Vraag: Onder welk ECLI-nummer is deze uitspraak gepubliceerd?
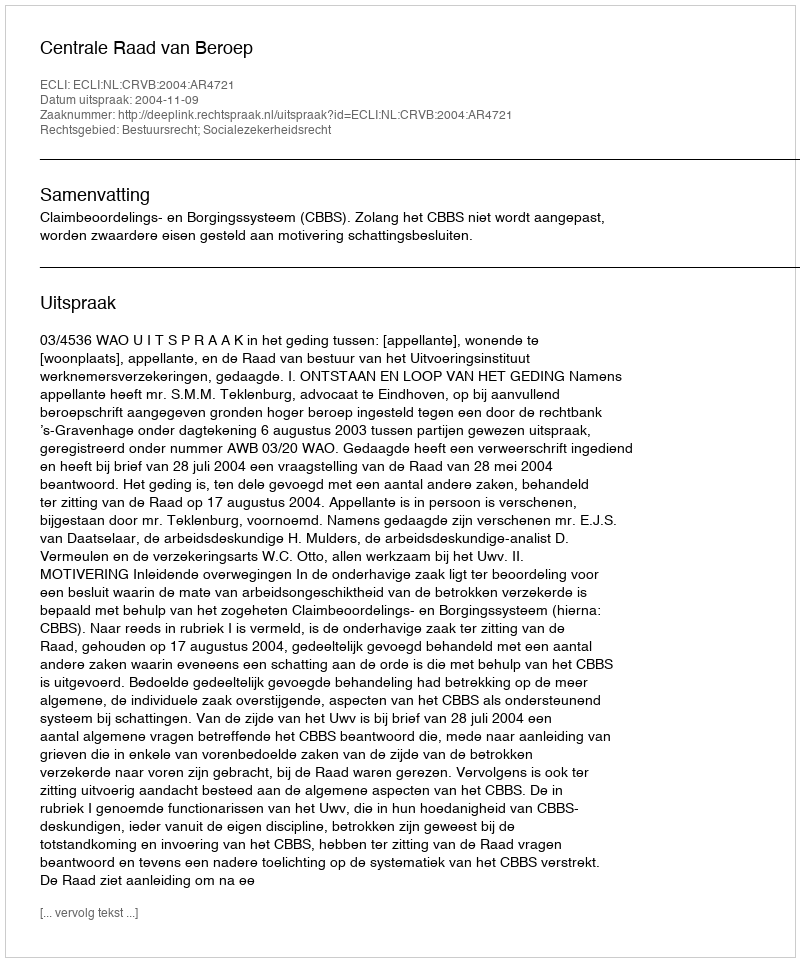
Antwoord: ECLI:NL:CRVB:2004:AR4721